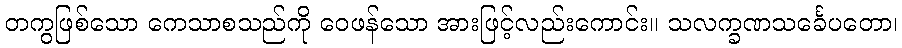
တကွဖြစ်သော ကေသာစသည်ကို ဝေဖန်သော အားဖြင့်လည်းကောင်း။ သလက္ခဏသင်္ခေပတော၊